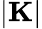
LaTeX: |{\mathbf K}|